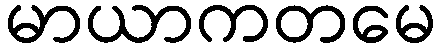
မာယာကတမေ